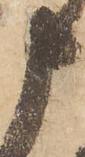
申